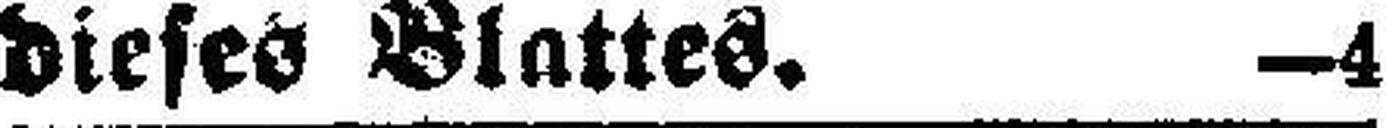
dieses Blattes. —4